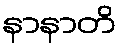
နာနာတိ